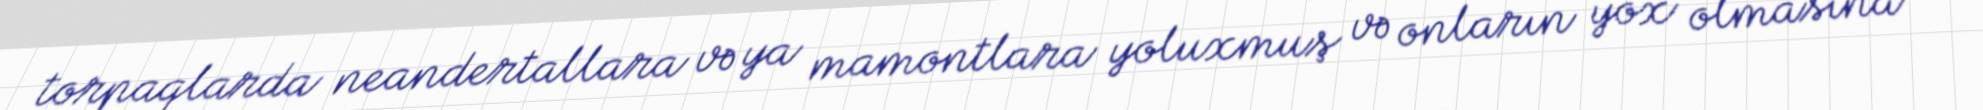
torpaqlarda neandertallara və ya mamontlara yoluxmuş və onların yox olmasına